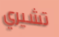
تشيري